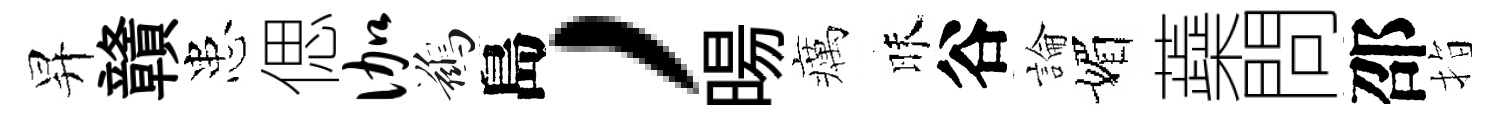
昇贛患偲伽鷀島，暘癘昧谷論媚蘃問邵指